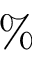
\%